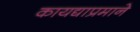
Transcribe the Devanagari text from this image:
कायद्याप्रमाने